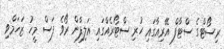
ރިސޯޓްގެ ސްޓާފް އޭރިއާގައި ހުރި ސްޓޯރެއްގައި އަލިފާން ރޯވެ ފަސް މީހު ޒަހަމްވި